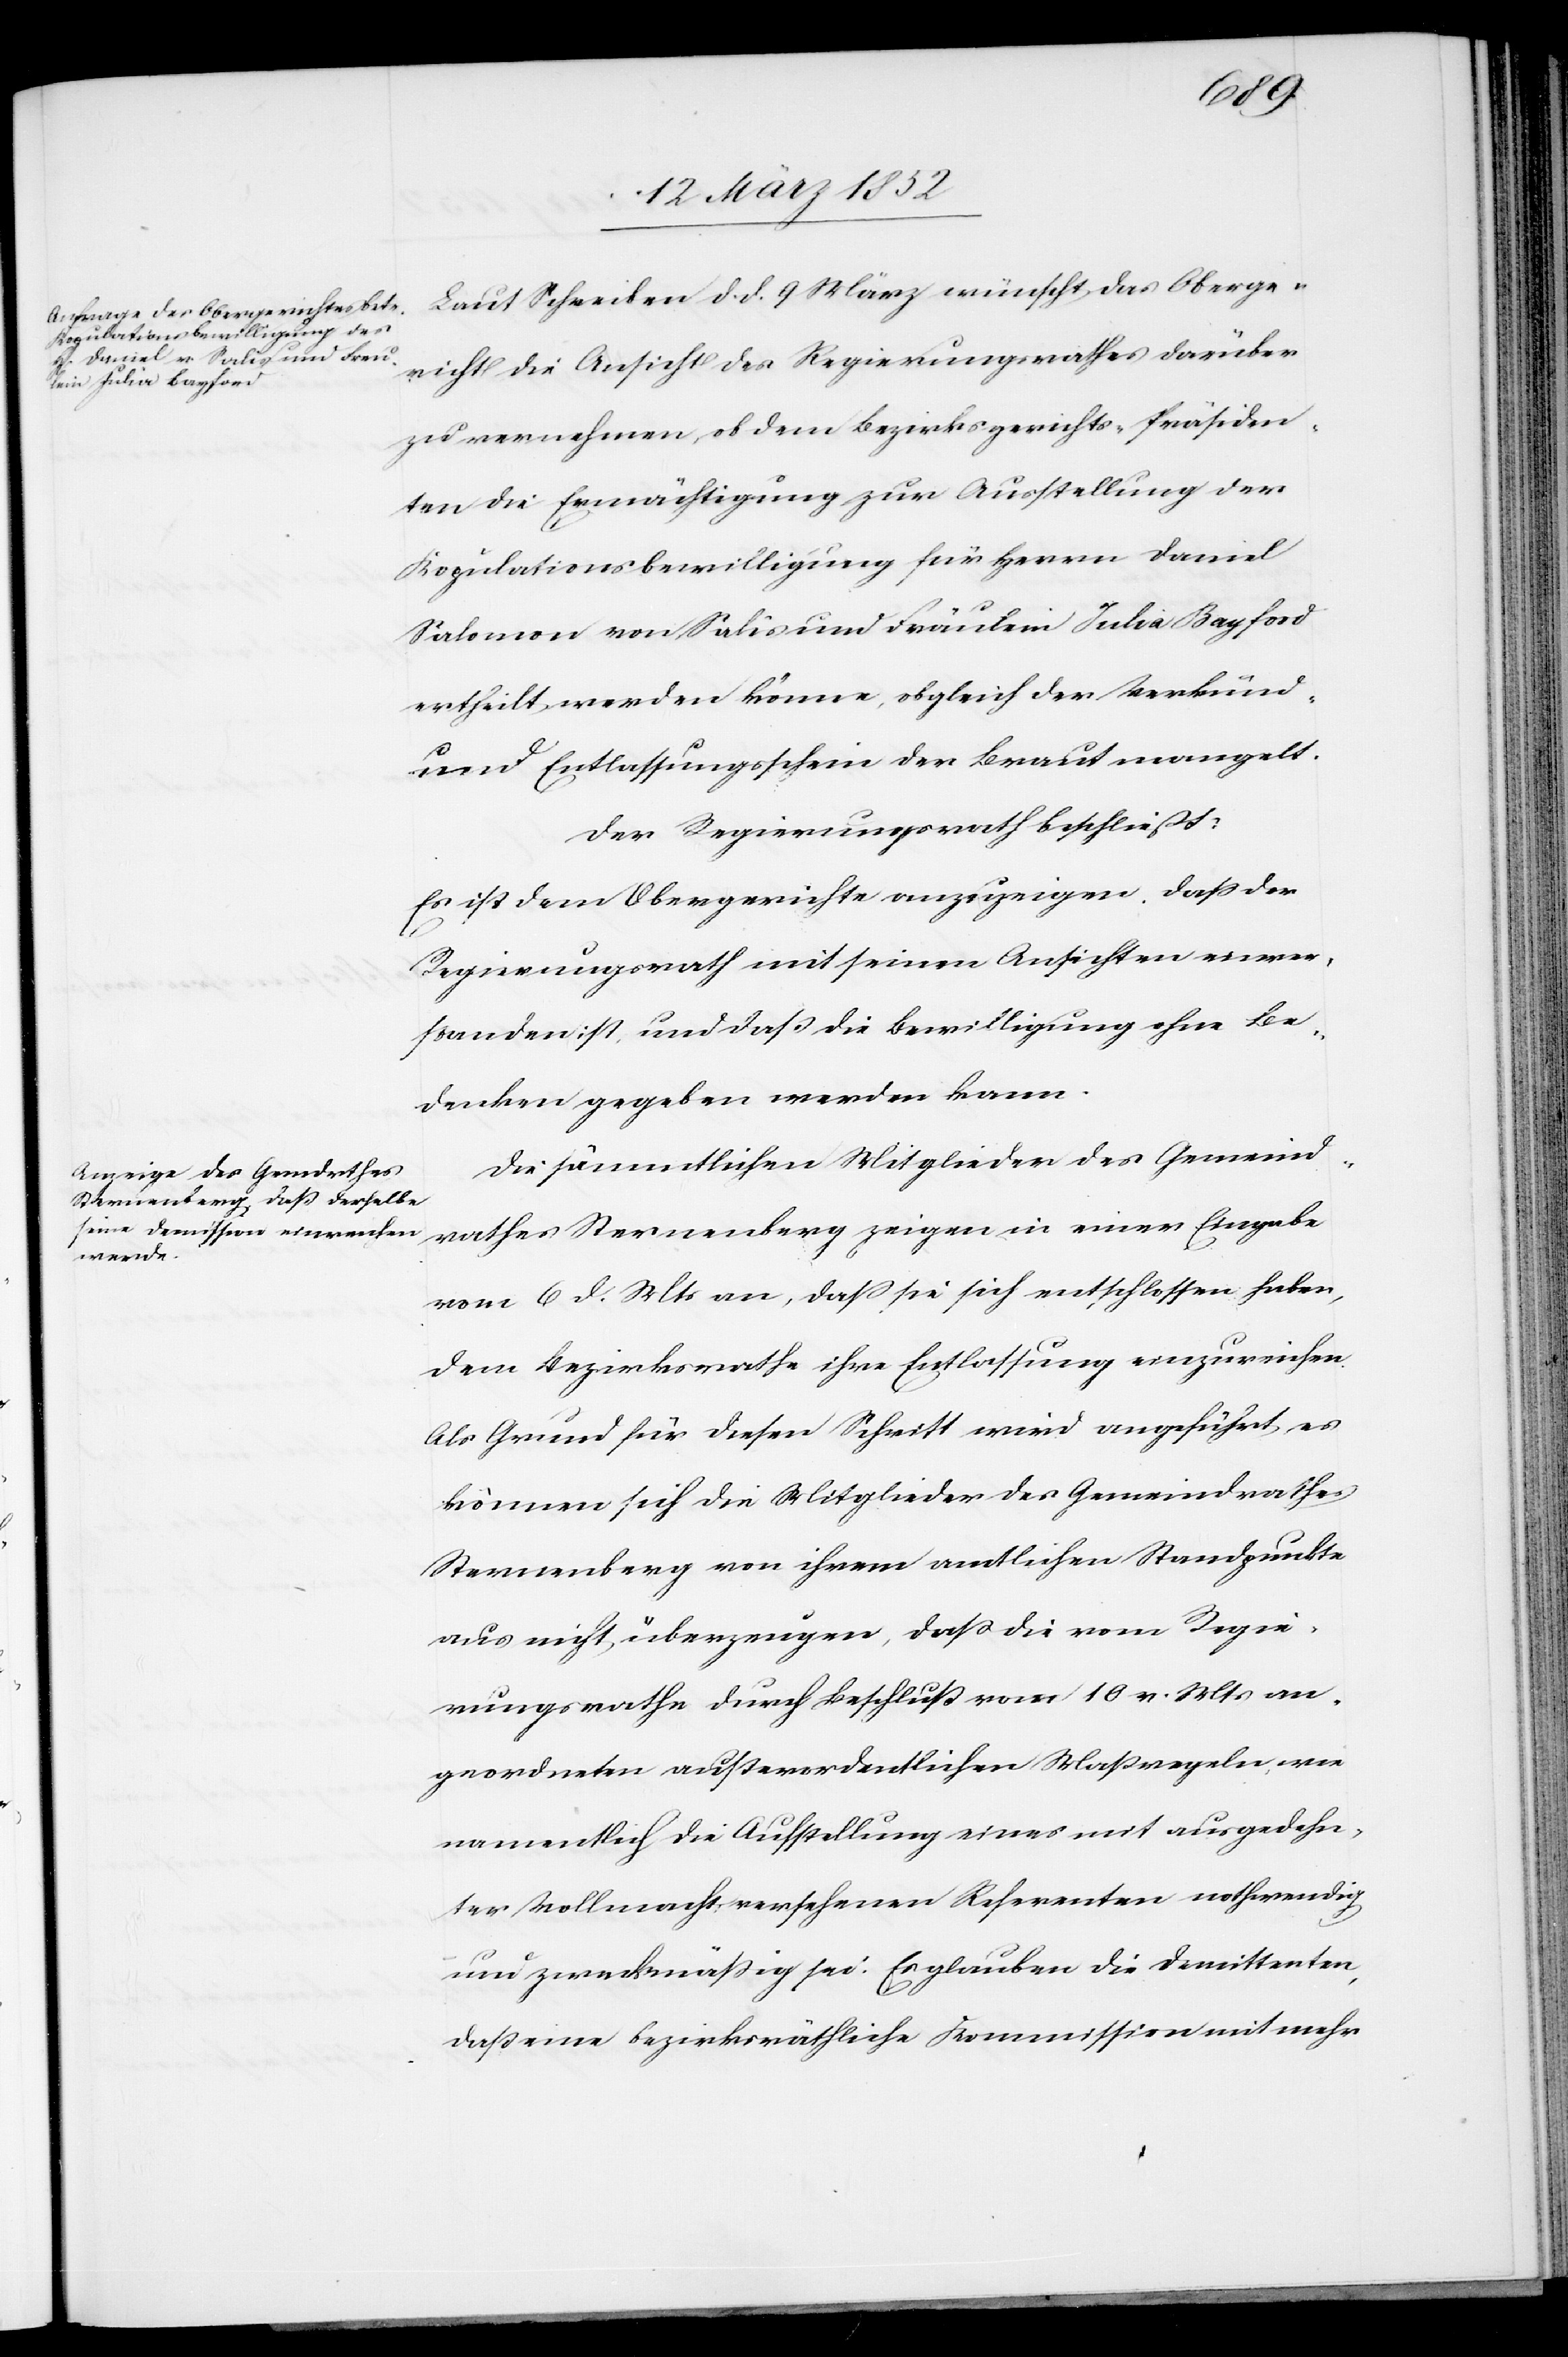
Oberg¬
ericht die Ansicht des Regierungsrathes darüber
zu vernehmen ob dem Bezirksgerichts-Präsiden¬
ten die Ermächtigung zur Ausstellung der
Kopulationsbewilligung für Herrn Daniel
Salomon von Salis und Fräulein Julia Bayford
ertheilt werden könne, obgleich der Verkünd-
und Entlassungsschein der Braut mangelt.
Der Regierungsrath beschließt:
Es ist dem Obergerichte anzuzeigen, daß der
Regierungsrath mit seinen Ansichten einver¬
standen ist, und daß die Bewilligung ohne Be¬
denken gegeben werden kann.
Die sämmtlichen Mitglieder des Gemeind¬
rathes Sternenberg zeigen in einer Eingabe
vom 6 d. Mts an, daß sie sich entschlossen haben,
dem Bezirksrathe ihre Entlassung einzureichen.
Als Grund für diesen Schritt wird angeführt, es
können sich die Mitglieder des Gemeindrathes
Sternenberg von ihrem amtlichen Standpunkte
aus nicht überzeugen, daß die vom Regie¬
rungsrathe durch Beschluß vom 10 v. Mts an¬
geordneten außerordentlichen Maßregeln wie
namentlich die Aufstellung eines mit ausgedehn¬
ter Vollmacht versehenen Referenten nothwendig
und zweckmäßig sei. Es glauben die Demittenten,
daß eine bezirksräthliche Kommission mit mehr